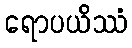
ရောပယိဿံ